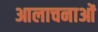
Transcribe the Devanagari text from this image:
आलाचनाओं